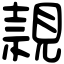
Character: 𧡘